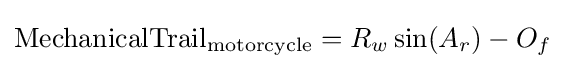
{\text{MechanicalTrail}}_{\text{motorcycle}}=R_{w}\sin(A_{r})-O_{f}